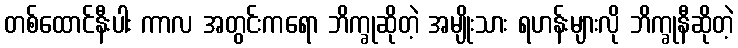
တစ်ထောင်နီးပါး ကာလ အတွင်းကရော ဘိက္ခုဆိုတဲ့ အမျိုးသား ရဟန်းများလို ဘိက္ခုနီဆိုတဲ့